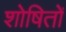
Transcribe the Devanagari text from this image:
शोषितोँ